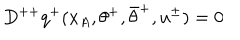
D ^ { + + } q ^ { + } ( x _ { A } , \theta ^ { + } , \bar { \theta } ^ { + } , u ^ { \pm } ) = 0